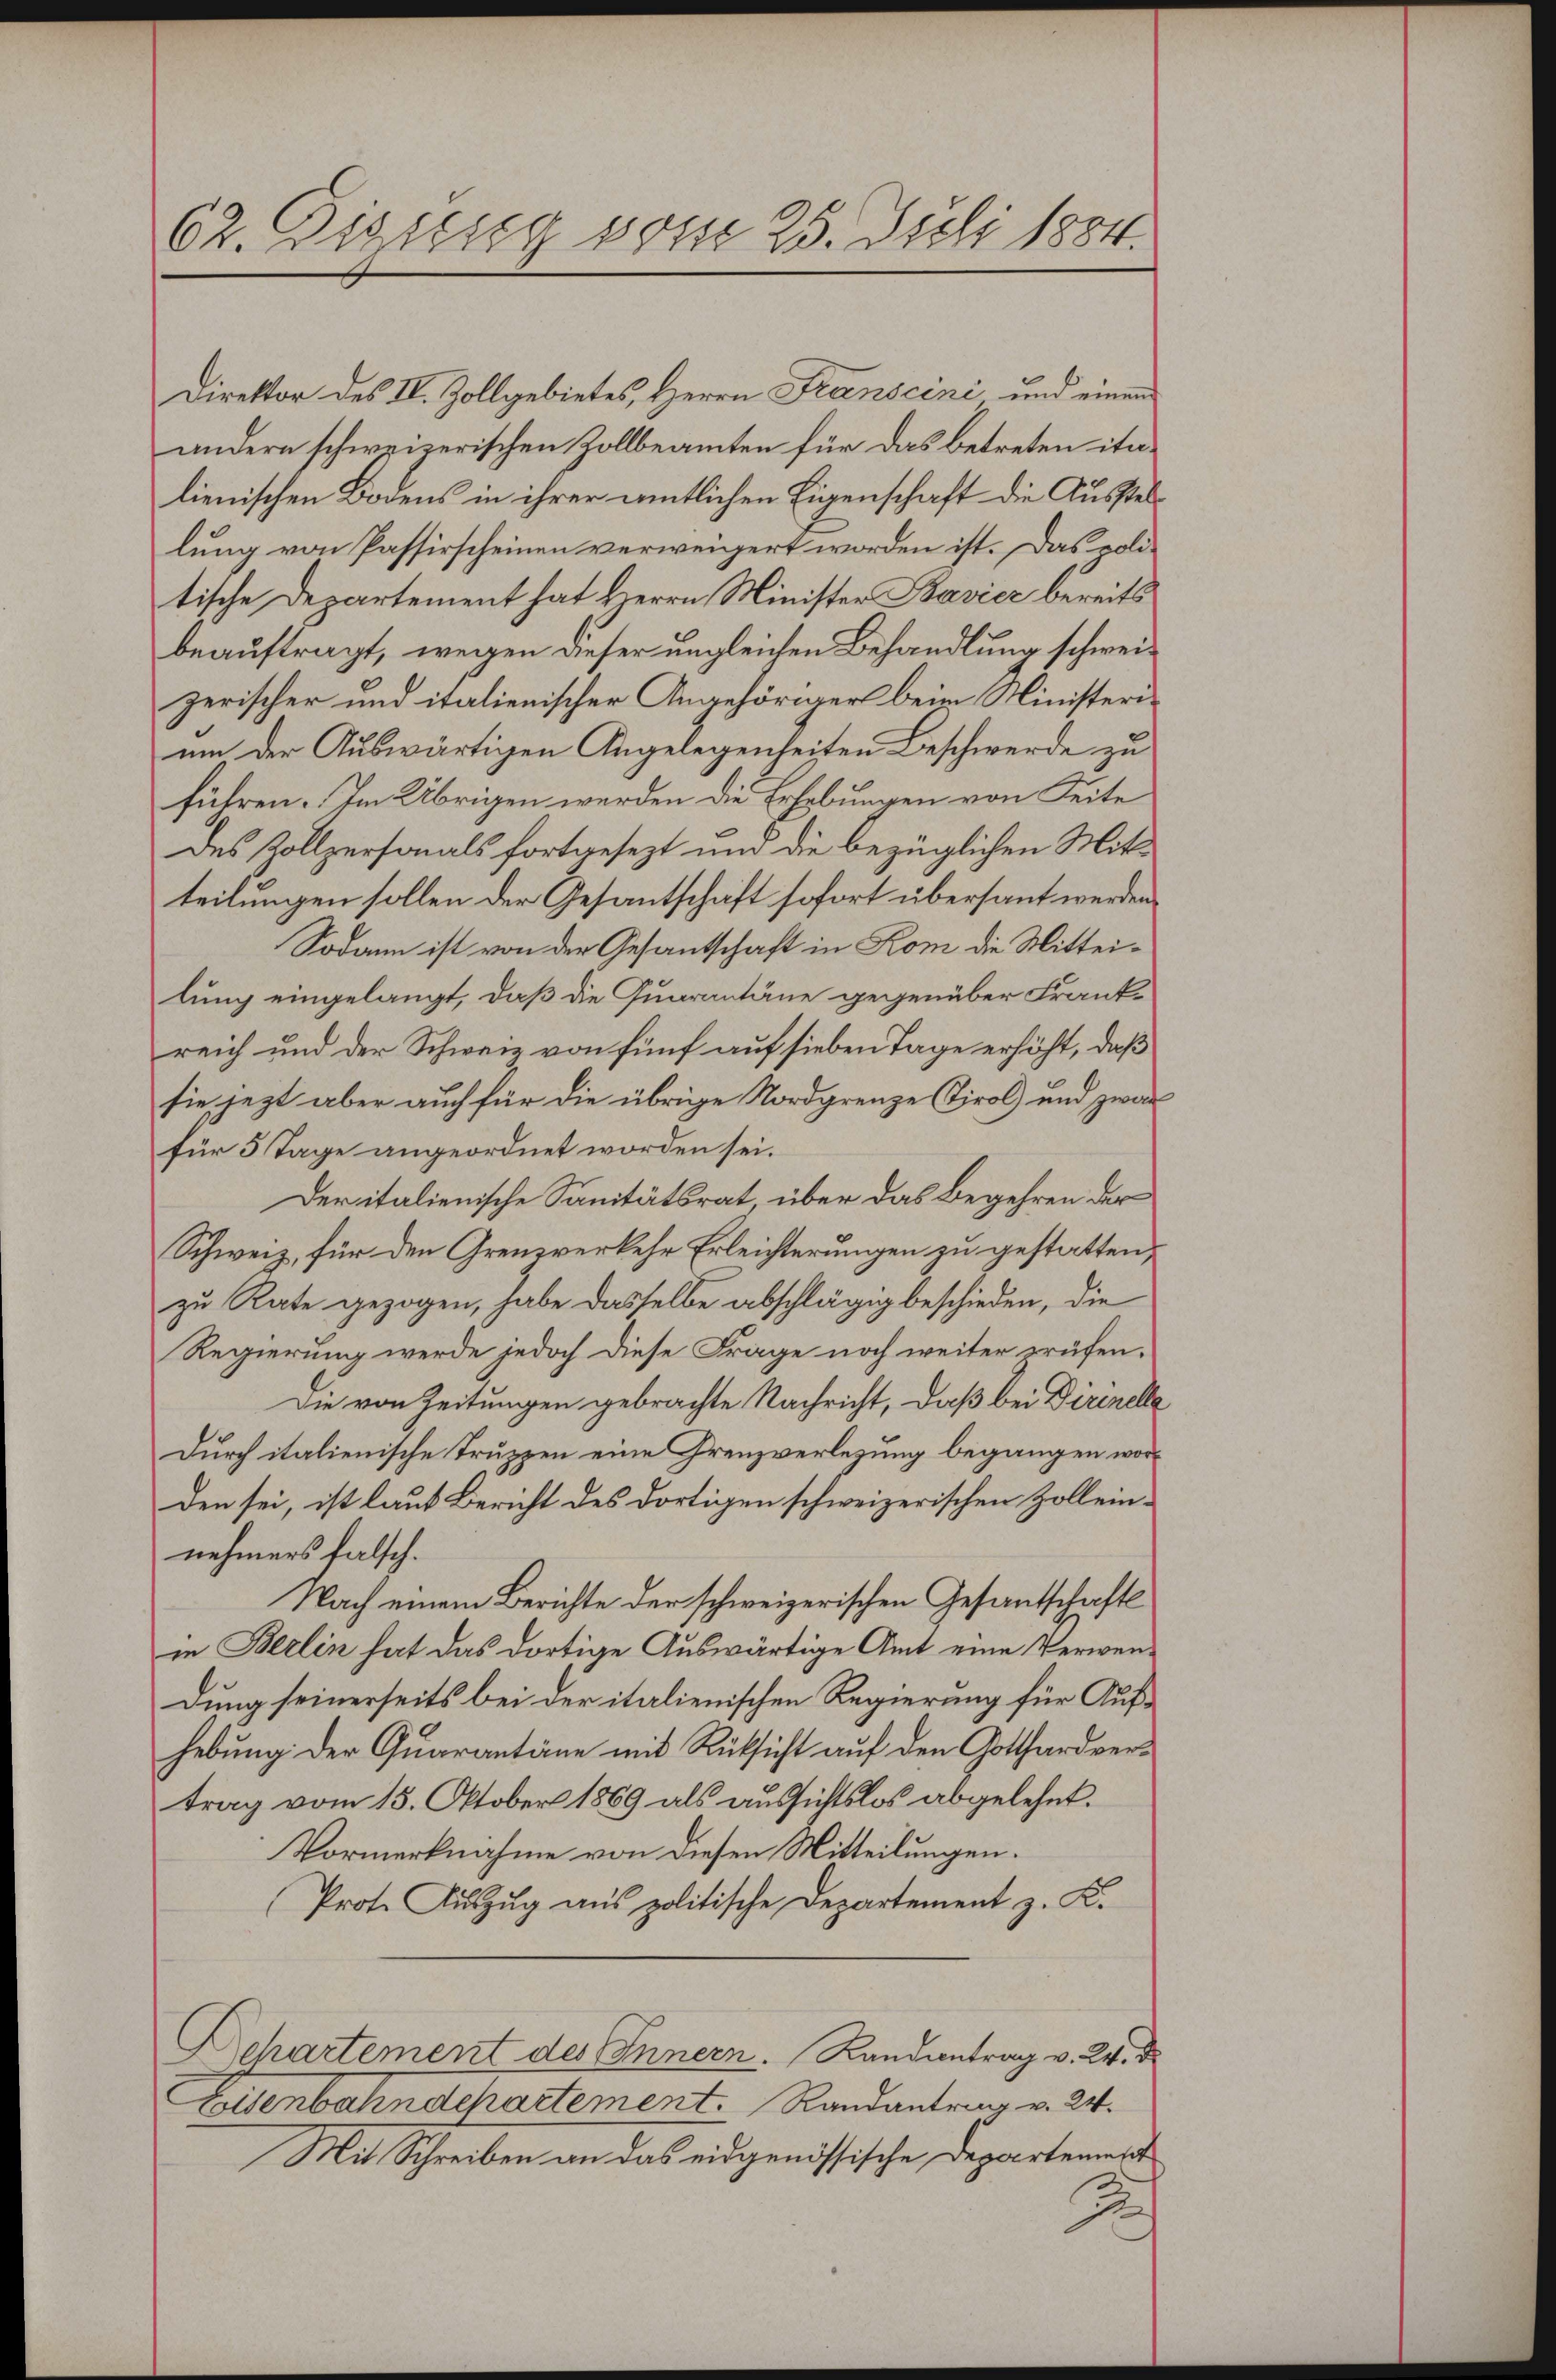
62. Essig vom 25. Juli 1884.

Direktor des IV. Zollgebietes, Herrn Franscini und einen
andern schweizerischen Zollbeamten für das betreten italienischen Bodens in ihrer amtlichen Eigenschaft die Ausstellung von Passirscheinen verweigert worden ist. Das politische Departement hat Herrn Minister Bavier bereits
beauftragt, wegen dieser ungleichen Behandlung schweizerischer und italienischer Angehörders beim Ministerium der Auswärtigen Angelegenheiten Beschwerde zu
führen. Im Übrigen werden die Erhebungen von Seite
des Zollpersonals fortgesezt um die bezüglichen Mittteilungen sollen der Gesantschaft sofort übersant werden
Sodann ist von der Gesantschaft in Rom die Mitteilung eingelangt, daß die Quarantäne gegenüber Frankreich und der Schweiz von fünf auf sieben Tage erhöht, daß
sie jezt aber auch für die übrige Nordgrenze Tirol und zwar
für 5 Tage angeordnet worden sei.
Der italienische Sanitätsrat über das Begehren der
Schweiz, für den Grenzverkehr Erleichterungen zu gestatten,
zu Rate gezogen, habe dasselbe abschlägig beschieden, die
Regierung werde jedoch diese Frage noch weiter prüfen.
Die von Zeitungen gebrachte Nachricht, daß bei Dirinella
Durch italienische Truppen eine Grenzverlegung begangen worden sei, ist laut Bericht des dortigen schweizerischen Zolleinnehmers falsch.
Nach einem Berichte der schweizerischen Gesantschaftl
in Berlin hat das dortige Auswärtige Amt eine Verwendung seinerseits bei der italienischen Regierung für Aufhebung der Quarantäne mit Rüksicht auf den Gotthardvertrag vom 15. Oktober 1869 als aussichtslos abgelehnt.
Vormerknahme von diesen Mitteilungen.
Prote Auszug aus politische Departement z. K.
Bchartement des Innern. Randantrag v. 24. d.
Elsenbahndchartement. Randantrag v. 24.
Mit Schreiben an das eidgenössische Departement
e